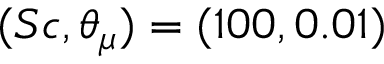
( S c , \theta _ { \mu } ) = ( 1 0 0 , 0 . 0 1 )